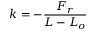
k = - { \frac { F _ { r } } { L - L _ { o } } }